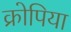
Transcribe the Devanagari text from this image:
क्रोपिया